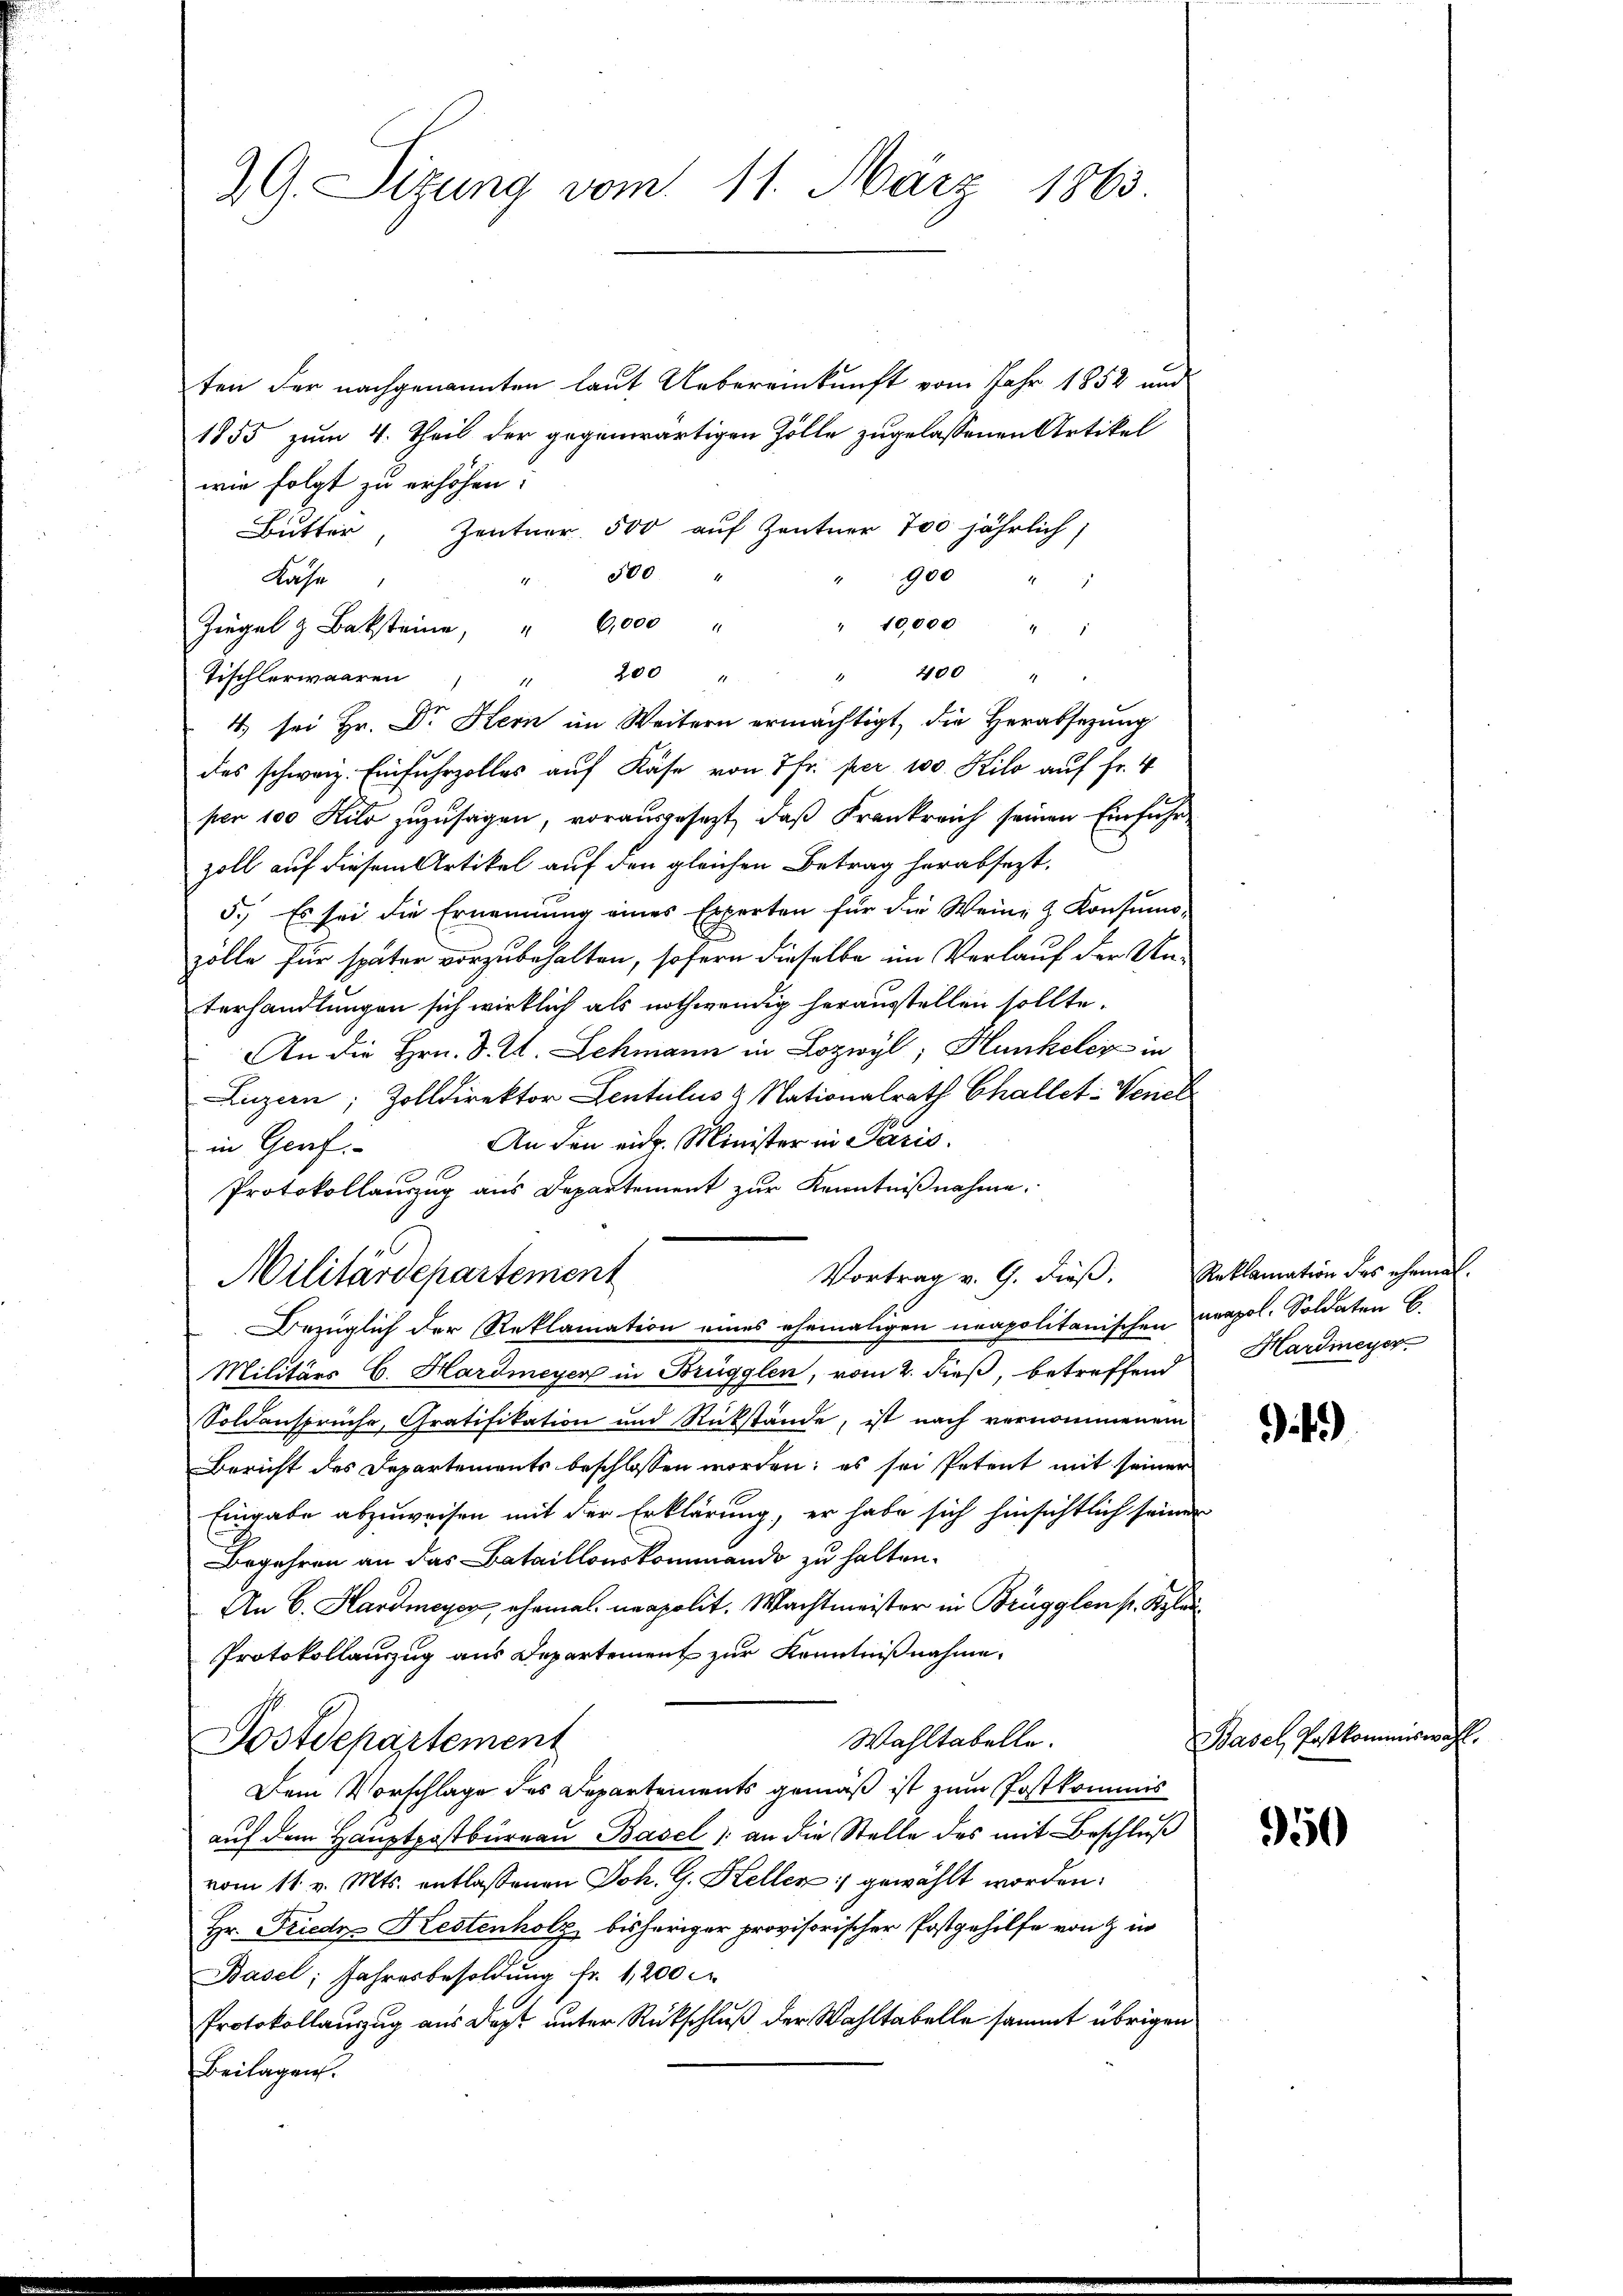
ZG. Sizung vom 11. März 1863

ten der nachgenannten laut Uebereinkunft vom Jahr 1852 und
1855 zum 4. Theil der gegenwärtigen Zölle zugelassenen Artikel
wie folgt zu erhöhen.
Butter, Zentner. 500 auf Zentner 700 jährlich;
" 500 "
Kase
" 900 " "
" 10,000 " "
Ziegel & Bakstein, " 6,000 "
2 200 " " 400 "
Tischlerwaaren
4. sei Hr. Dr Hern im Weitern ermächtigt, die Herabsetzung
des schweiz. Einfuhrzolles auf Käse von 7 Fr. per 100 Kilo auf Fr. 4
per 100 Kilo zuzusagen, vorausgesezt, daß Frankreich seinen Einfuhrzoll auf diesem Artikel auf den gleichen Betrag herabsezt.
5.) Es sei die Ernennung eines Experten für die Weine & Konsumo-
zolle für später vorzubehalten, sofern dieselbe im Verlauf der Unterhandlungen sich wirklich als nothwendig herausstellen sollte.
An die Hrn. S. E. Schmann in Lozwyl, Hunkeler in
Luzern, Zolldirektor Lentulus & Nationalrath Challet: Venet
An den eidg. Minister in Paris.
in Genf
Protokollauszug aus Departement zŭr Kenntniβnahme.
Vortrag v. G. dieß. Reklamation des ehemal
Militärdepartement
Bezüglich der Reklamation eines ehemaligen neapolitanischen verpol. Soldaten E.
Militärs C. Hardmeyer in Brügglen, vom 2. dieß, betreffend
Soldansprüche, Gratifikation und Rückstände, ist nach vernommenem
Bericht des Departements beschlossen worden; es sei Petent mit seiner
Eingabe abzuweisen mit der Erklärung, er habe sich hinsichtlich seiner
Begehren an das Bataillonskommando zu halten.
An 6. Hardmeyer, ehemal neapolit. Machtmeister in Brügglen p. Klau
Protokollauszug aus Departement zur Kenntnißnahme.
Wahltabelle.
Postdepartement
Dem Vorschlage des Departements gemäß ist zum Postkommis
auf dem Hauptpostbüreau Basel an die Stelle des mit Beschluß
vom 11. v. Mts. entlassenen Joh. G. Hellen gewählt worden:
Hr. Fried Kestenholz bisheriger provisorischer Postgehilfe von & in
Basel; Jahresbesoldung fr. 1200 M
Protokollauzug aus Dapt unter Rückschluß der Wahltabelle sammt übrigen
Beilagen.

Hardineyer

it.)

Basel, Postkommiswahl.

950